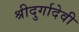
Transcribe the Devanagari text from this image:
श्रीदुर्गादेवी